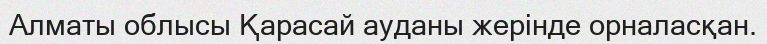
Алматы облысы Қарасай ауданы жерінде орналасқан.